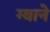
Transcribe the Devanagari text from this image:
ग्वाने